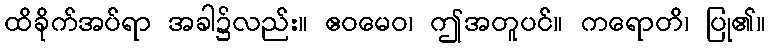
ထိခိုက်အပ်ရာ အခါ၌လည်း။ ဧဝမေဝ၊ ဤအတူပင်။ ကရောတိ၊ ပြု၏။